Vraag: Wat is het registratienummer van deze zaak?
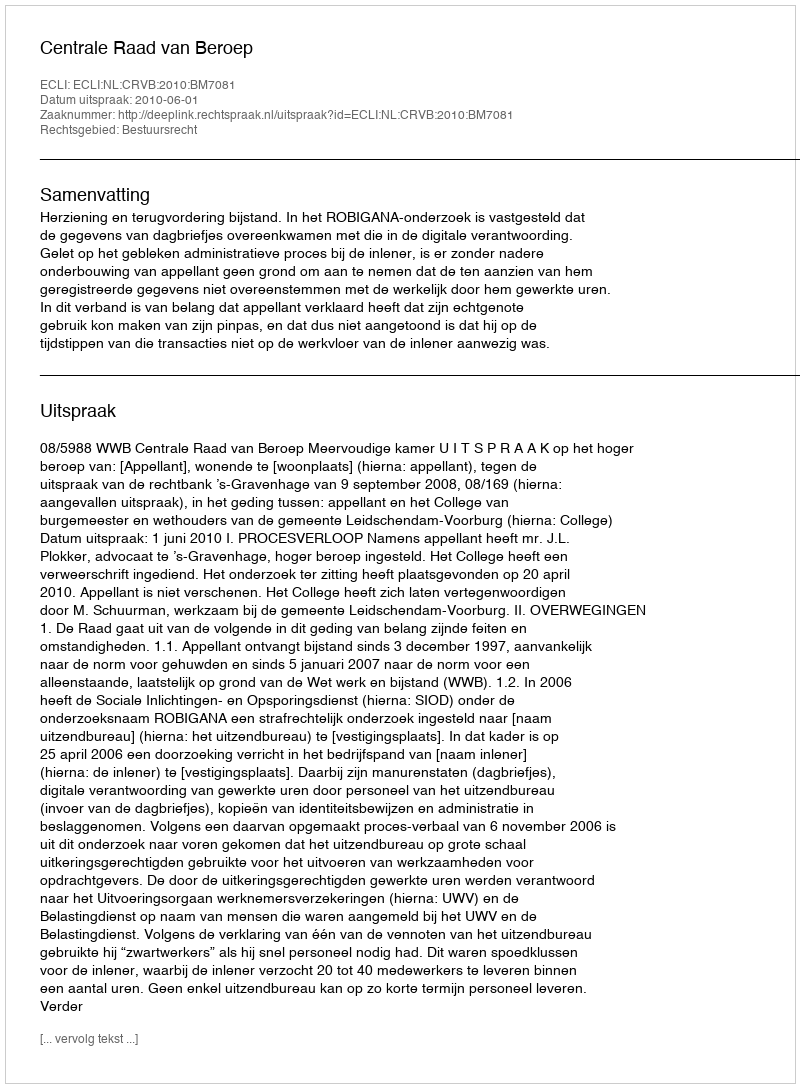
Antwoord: http://deeplink.rechtspraak.nl/uitspraak?id=ECLI:NL:CRVB:2010:BM7081